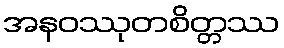
အနဝဿုတစိတ္တဿ